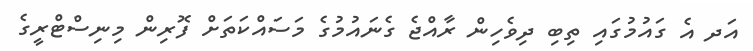
އަދ އެ ގައުމުގައި ތިބި ދިވެހިން ރާއްޖެ ގެނައުމުގެ މަސައްކަތަށް ފޮރިން މިނިސްޓްރީގެ